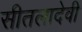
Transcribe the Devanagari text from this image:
सीतलादेवी